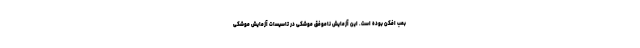
بمب افکن بوده است. این آزمایش ناموفق موشکی در تاسیسات آزمایش موشکی